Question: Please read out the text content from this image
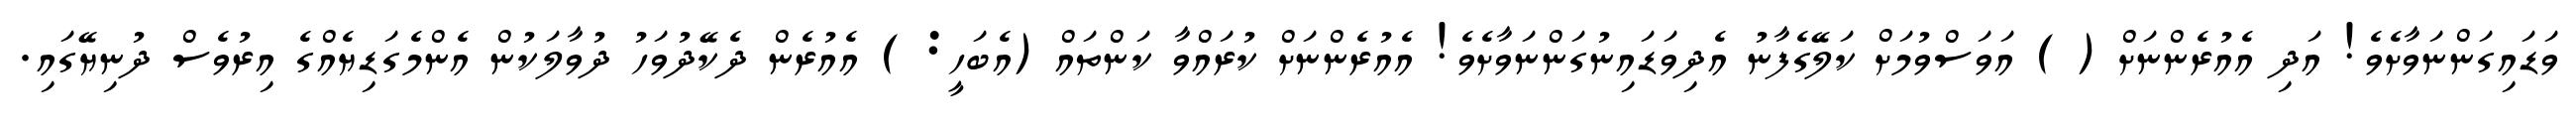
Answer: ވަޑައިގަންނަވާށެވެ! އަދި އެއުރެންނަށް ( ) އަވަސްވުމަށް ކަލޭގެފާނު އެދިވަޑައިނުގަންނަވާށެވެ! އެއުރެންނަށް ކުރައްވާ ކަންތައް (އެބަހީ: ) އެއުރެން ދެކޭދުވަހު ދުވާލަކުން އެންމެގަޑިޔެއްގެ އިރުވެސް ދުނިޔޭގައި.